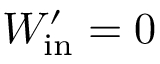
W _ { \mathrm { i n } } ^ { \prime } = 0